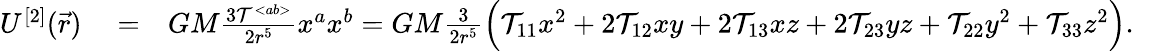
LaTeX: \begin{array}{rlr}{U^{[2]}(\vec{r})}&{{}=}&{GM\frac{3{\cal T}^{<ab>}}{2r^{5}}x^{a}x^{b}=GM\frac{3}{2r^{5}}\Big({\cal T}_{11}x^{2}+2{\cal T}_{12}xy+2{\cal T}_{13}xz+2{\cal T}_{23}yz+{\cal T}_{22}y^{2}+{\cal T}_{33}z^{2}\Big).~~~}\end{array}